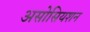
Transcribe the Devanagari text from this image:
असोसियशन